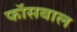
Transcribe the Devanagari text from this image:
फॉसबाल